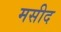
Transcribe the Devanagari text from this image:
मसीद